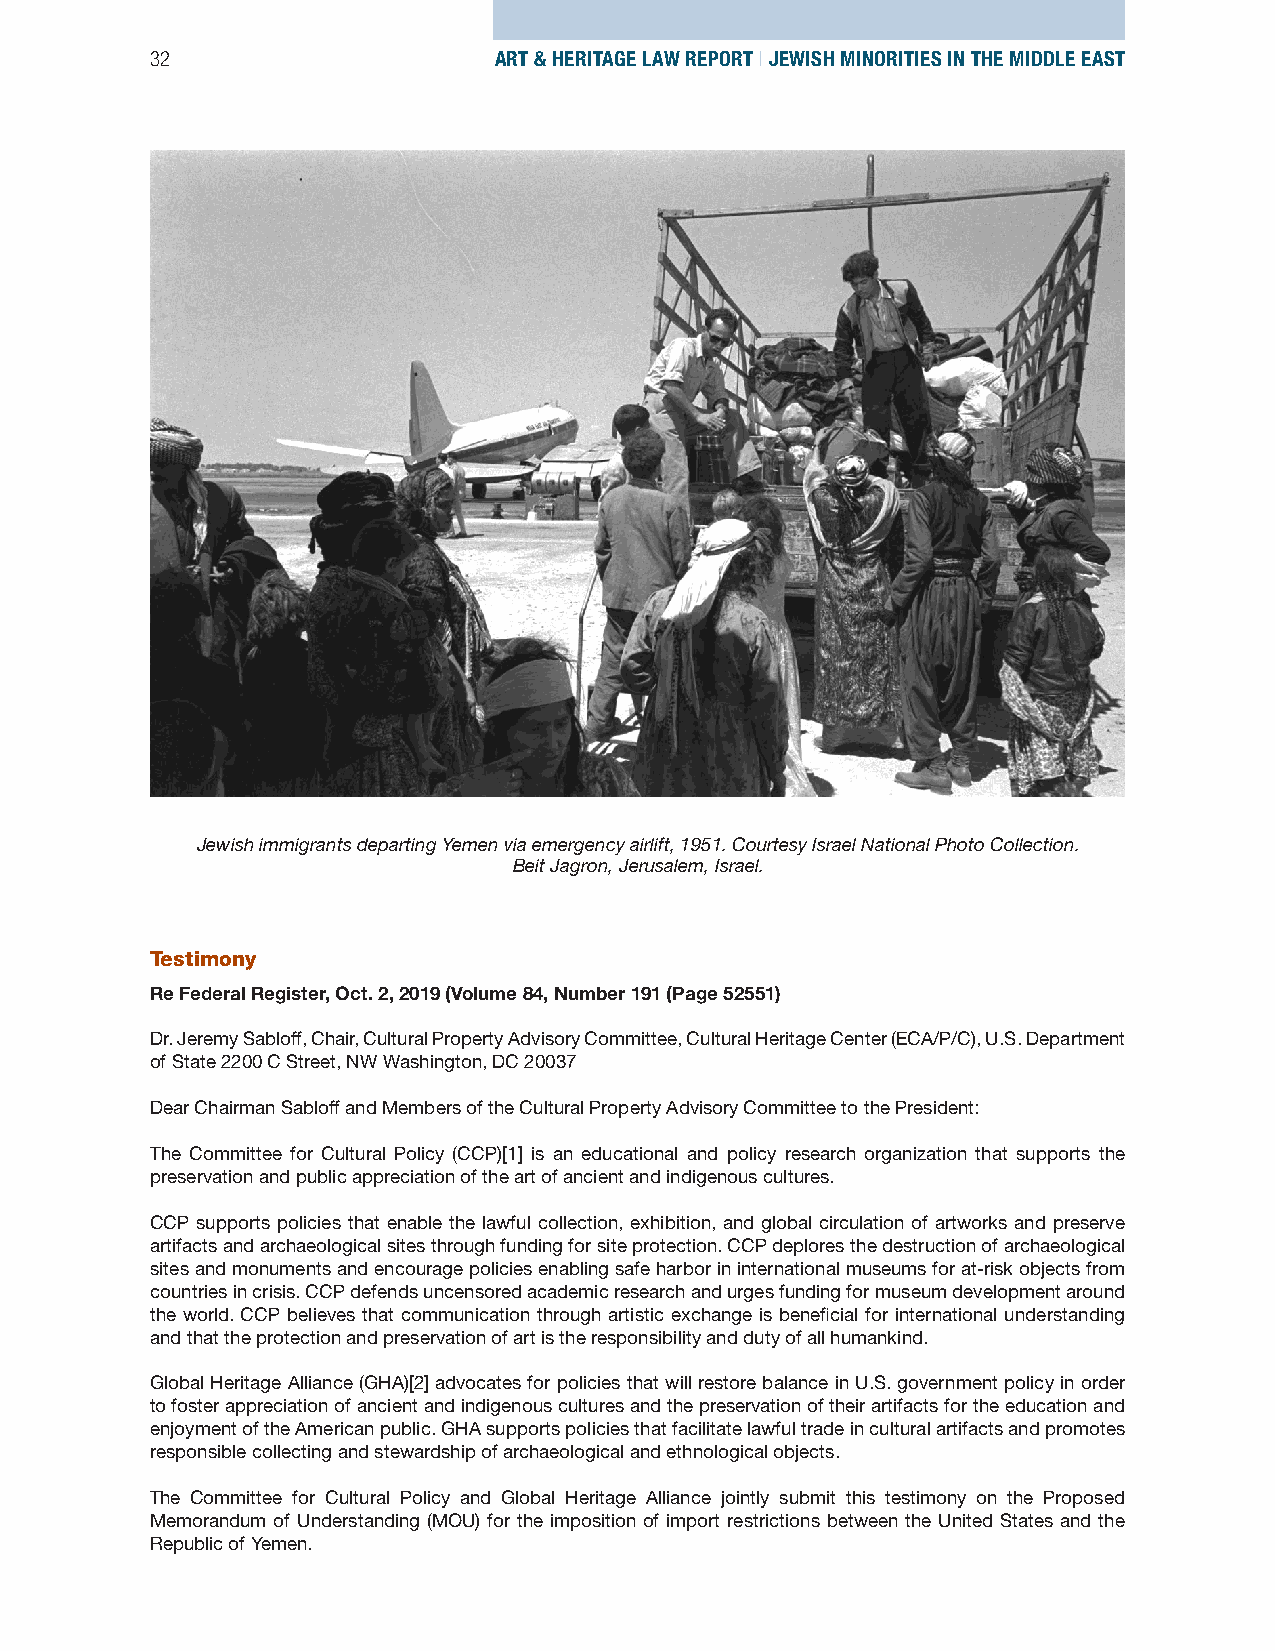
32                     ART & HERITAGE LAW REPORT | JEWISH MINORITIES IN THE MIDDLE EAST
 Jewish immigrants departing Yemen via emergency airlift, 1951. Courtesy Israel National Photo Collection.
 Beit Jagron, Jerusalem, Israel.
 Testimony
 Re Federal Register, Oct. 2, 2019 (Volume 84, Number 191 (Page 52551)
 Dr. Jeremy Sabloff, Chair, Cultural Property Advisory Committee, Cultural Heritage Center (ECA/P/C), U.S. Department
 of State 2200 C Street, NW Washington, DC 20037
 Dear Chairman Sabloff and Members of the Cultural Property Advisory Committee to the President:
 The Committee for Cultural Policy (CCP)[1] is an educational and policy research organization that supports the
 preservation and public appreciation of the art of ancient and indigenous cultures.
 CCP supports policies that enable the lawful collection, exhibition, and global circulation of artworks and preserve
 artifacts and archaeological sites through funding for site protection. CCP deplores the destruction of archaeological
 sites and monuments and encourage policies enabling safe harbor in international museums for at-risk objects from
 countries in crisis. CCP defends uncensored academic research and urges funding for museum development around
 the world. CCP believes that communication through artistic exchange is beneficial for international understanding
 and that the protection and preservation of art is the responsibility and duty of all humankind.
 Global Heritage Alliance (GHA)[2] advocates for policies that will restore balance in U.S. government policy in order
 to foster appreciation of ancient and indigenous cultures and the preservation of their artifacts for the education and
 enjoyment of the American public. GHA supports policies that facilitate lawful trade in cultural artifacts and promotes
 responsible collecting and stewardship of archaeological and ethnological objects.
 The Committee for Cultural Policy and Global Heritage Alliance jointly submit this testimony on the Proposed
 Memorandum of Understanding (MOU) for the imposition of import restrictions between the United States and the
 Republic of Yemen.